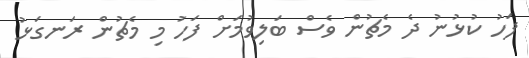
ފަހު ކުޅުނު ދެ މެޗުން ވެސް ބަލިވުމަށް ފަހު މި މެޗުން ރަނގަޅު